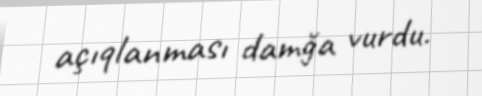
açıqlanması damğa vurdu.